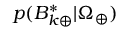
p ( B _ { k \oplus } ^ { * } | \Omega _ { \oplus } )